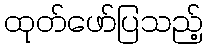
ထုတ်ဖော်ပြသည့်